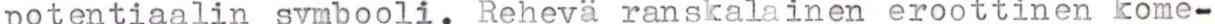
potentiaalin symbooli. Reheva ranskalainen eroottinen kome-